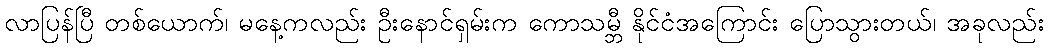
လာပြန်ပြီ တစ်ယောက်၊ မနေ့ကလည်း ဦးနောင်ရှမ်းက ကောသမ္ဘီ နိုင်ငံအကြောင်း ပြောသွားတယ်၊ အခုလည်း